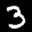
Label: 3